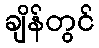
ချိန်တွင်